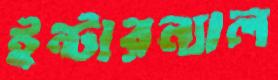
ইন্টারন্যাল